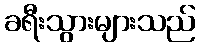
ခရီးသွားများသည်